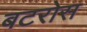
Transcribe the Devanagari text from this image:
बटरोस